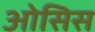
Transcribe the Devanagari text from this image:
ओसिस